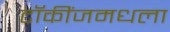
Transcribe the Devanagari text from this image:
टॉकींजमधला